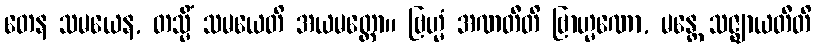
တေန သမယေန, တသ္မိံ သမယေတိ အယမတ္ထော။ ဗြဟ္မံ အဏတီတိ ဗြာဟ္မဏော, မန္တေ သဇ္ဈာယတီတိ